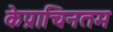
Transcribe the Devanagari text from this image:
केप्राचिनतम